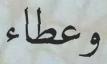
وعطاء